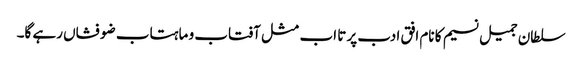
سلطان جمیل نسیم کا نام افق ادب پر تا اب مثل آفتاب و ماہتاب ضو فشاں رہے گا۔